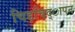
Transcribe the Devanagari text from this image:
चिड़चिद्ापन